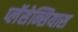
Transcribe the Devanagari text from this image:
प्लॅसेन्सियास